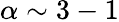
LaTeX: \alpha\sim 3-1